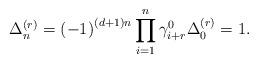
LaTeX: \begin{align*}\Delta _{n}^{\left( r\right) }=\left( -1\right) ^{\left( d+1\right)n}\prod\limits_{i=1}^{n}\gamma _{i+r}^{0} \Delta_{0}^{\left( r\right) }=1. \end{align*}